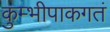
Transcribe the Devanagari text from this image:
कुम्भीपाकगतं